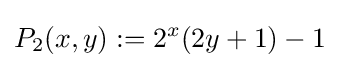
P_{2}(x,y):=2^{x}(2y+1)-1